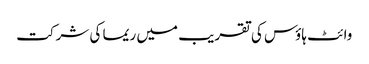
وائٹ ہاؤس کی تقریب میں ریما کی شرکت